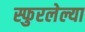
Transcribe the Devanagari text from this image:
स्फुरलेल्या